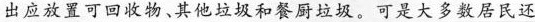
出应放置可回收物、其他垃圾和餐厨垃圾。可大多数居民还